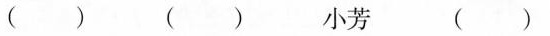
( ) ( ) 小芳 ( )